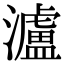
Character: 瀘